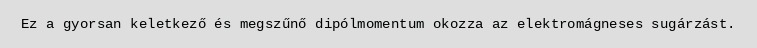
Ez a gyorsan keletkező és megszűnő dipólmomentum okozza az elektromágneses sugárzást.